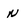
Character: N